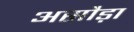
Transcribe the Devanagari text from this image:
असौड़ा